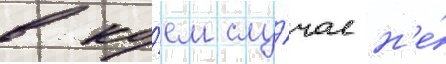
в ко́ем слу́чае н'е́